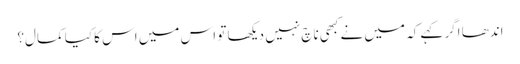
اندھا اگر کہے کہ میں نے کبھی ناچ نہیں دیکھا تو اس میں اس کا کیا کمال؟